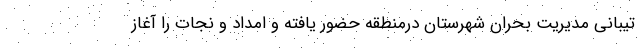
تیبانی مدیریت بحران شهرستان درمنطقه حضور یافته و امداد و نجات را آغاز